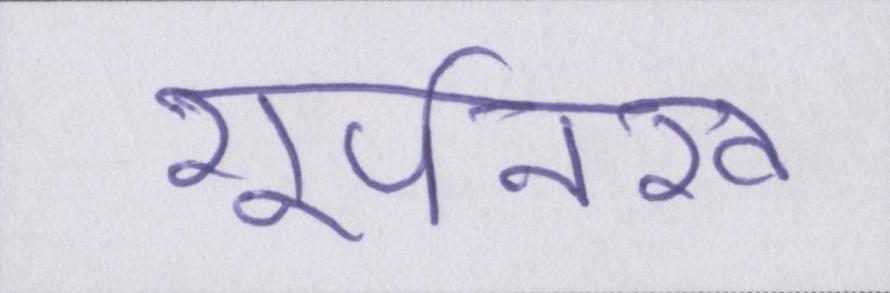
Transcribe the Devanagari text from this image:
शूर्पनखा